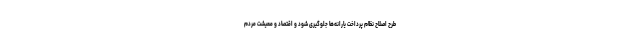
طرح اصلاح نظام پرداخت یارانه‌ها جلوگیری شود و اقتصاد و معیشت مردم